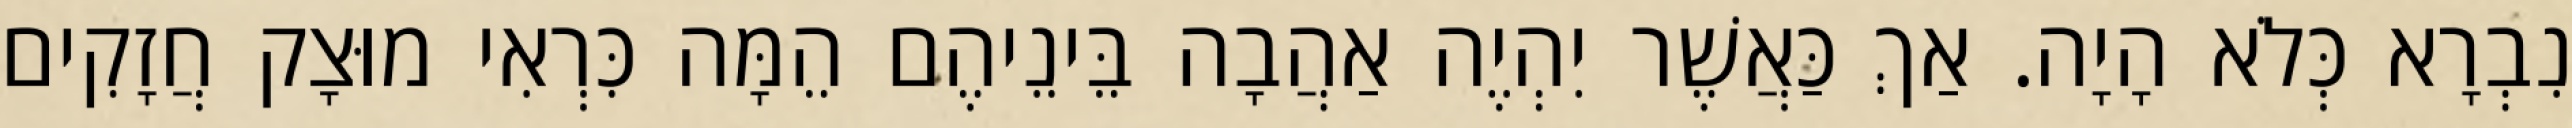
נִבְרָא כְּלֹא הָיָה. אַךְ כַּאֲשֶׁר יִהְיֶה אַהֲבָה בֵּינֵיהֶם הֵמָּה כִּרְאִי מוּצָק חֲזָקִים